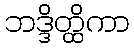
ဘဒ္ဒိတ္ထိကာ